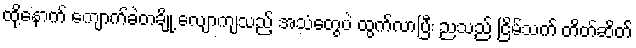
ထို့နောက် ကျောက်ခဲတချို့ လျောကျသည့် အသံတွေပဲ ထွက်လာပြီး ညသည် ငြိမ်သက် တိတ်ဆိတ်